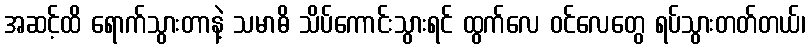
အဆင့်ထိ ရောက်သွားတာနဲ့ သမာဓိ သိပ်ကောင်းသွားရင် ထွက်လေ ဝင်လေတွေ ရပ်သွားတတ်တယ်၊